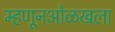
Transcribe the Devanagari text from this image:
म्हणूनओळखला